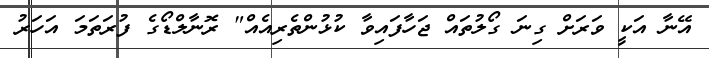
އޭނާ އަކީ ވަރަށް ގިނަ ގޯލުތައް ޖަހާފައިވާ ކުޅުންތެރިއެއް" ރޮނާލްޑޯގެ ފުރަތަމަ އަހަރު